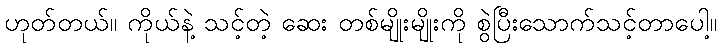
ဟုတ်တယ်။ ကိုယ်နဲ့ သင့်တဲ့ ဆေး တစ်မျိုးမျိုးကို စွဲပြီးသောက်သင့်တာပေါ့။